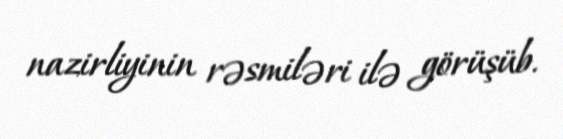
nazirliyinin rəsmiləri ilə görüşüb.